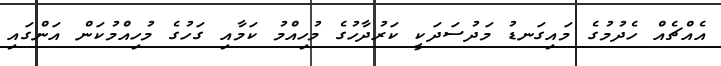
އެއްޗެއް ހެދުމުގެ މައިގަނޑު މަދުސަދަކީ ކަރުދާހުގެ މުހިއްމު ކަމާއި ގަހުގެ މުހިއްމުކަން އަންގައި